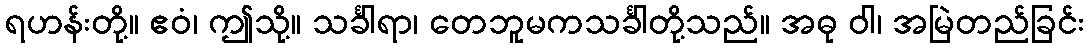
ရဟန်းတို့။ ဧဝံ၊ ဤသို့။ သင်္ခါရာ၊ တေဘူမကသင်္ခါတို့သည်။ အဓု ဝါ၊ အမြဲတည်ခြင်း